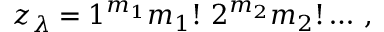
z _ { \lambda } = 1 ^ { m _ { 1 } } m _ { 1 } ! ~ 2 ^ { m _ { 2 } } m _ { 2 } ! \dots \, ,